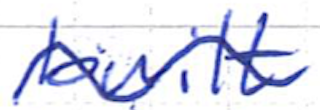
Text: built
Cross-out: wave
Writing tool: ballpoint